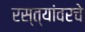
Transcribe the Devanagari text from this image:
रस्त्यांवरचे